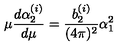
\mu { \frac { d \alpha _ { 2 } ^ { ( i ) } } { d \mu } } = { \frac { b _ { 2 } ^ { ( i ) } } { ( 4 \pi ) ^ { 2 } } } \alpha _ { 1 } ^ { 2 }